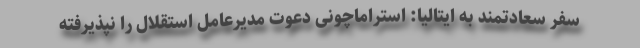
سفر سعادتمند به ایتالیا: استراماچونی دعوت مدیرعامل استقلال را نپذیرفته